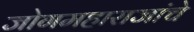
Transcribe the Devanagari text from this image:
जोगमहाराजांचे